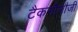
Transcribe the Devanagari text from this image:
टैकनौेलौजी